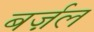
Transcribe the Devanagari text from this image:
बर्ज़ल